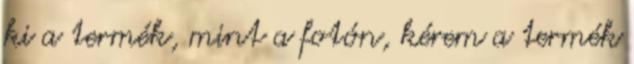
ki a termék, mint a fotón, kérem a termék